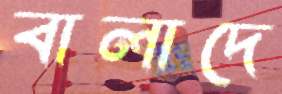
বালাদে